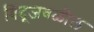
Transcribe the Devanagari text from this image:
बिंदूजवळील